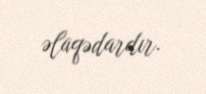
əlaqədardır.